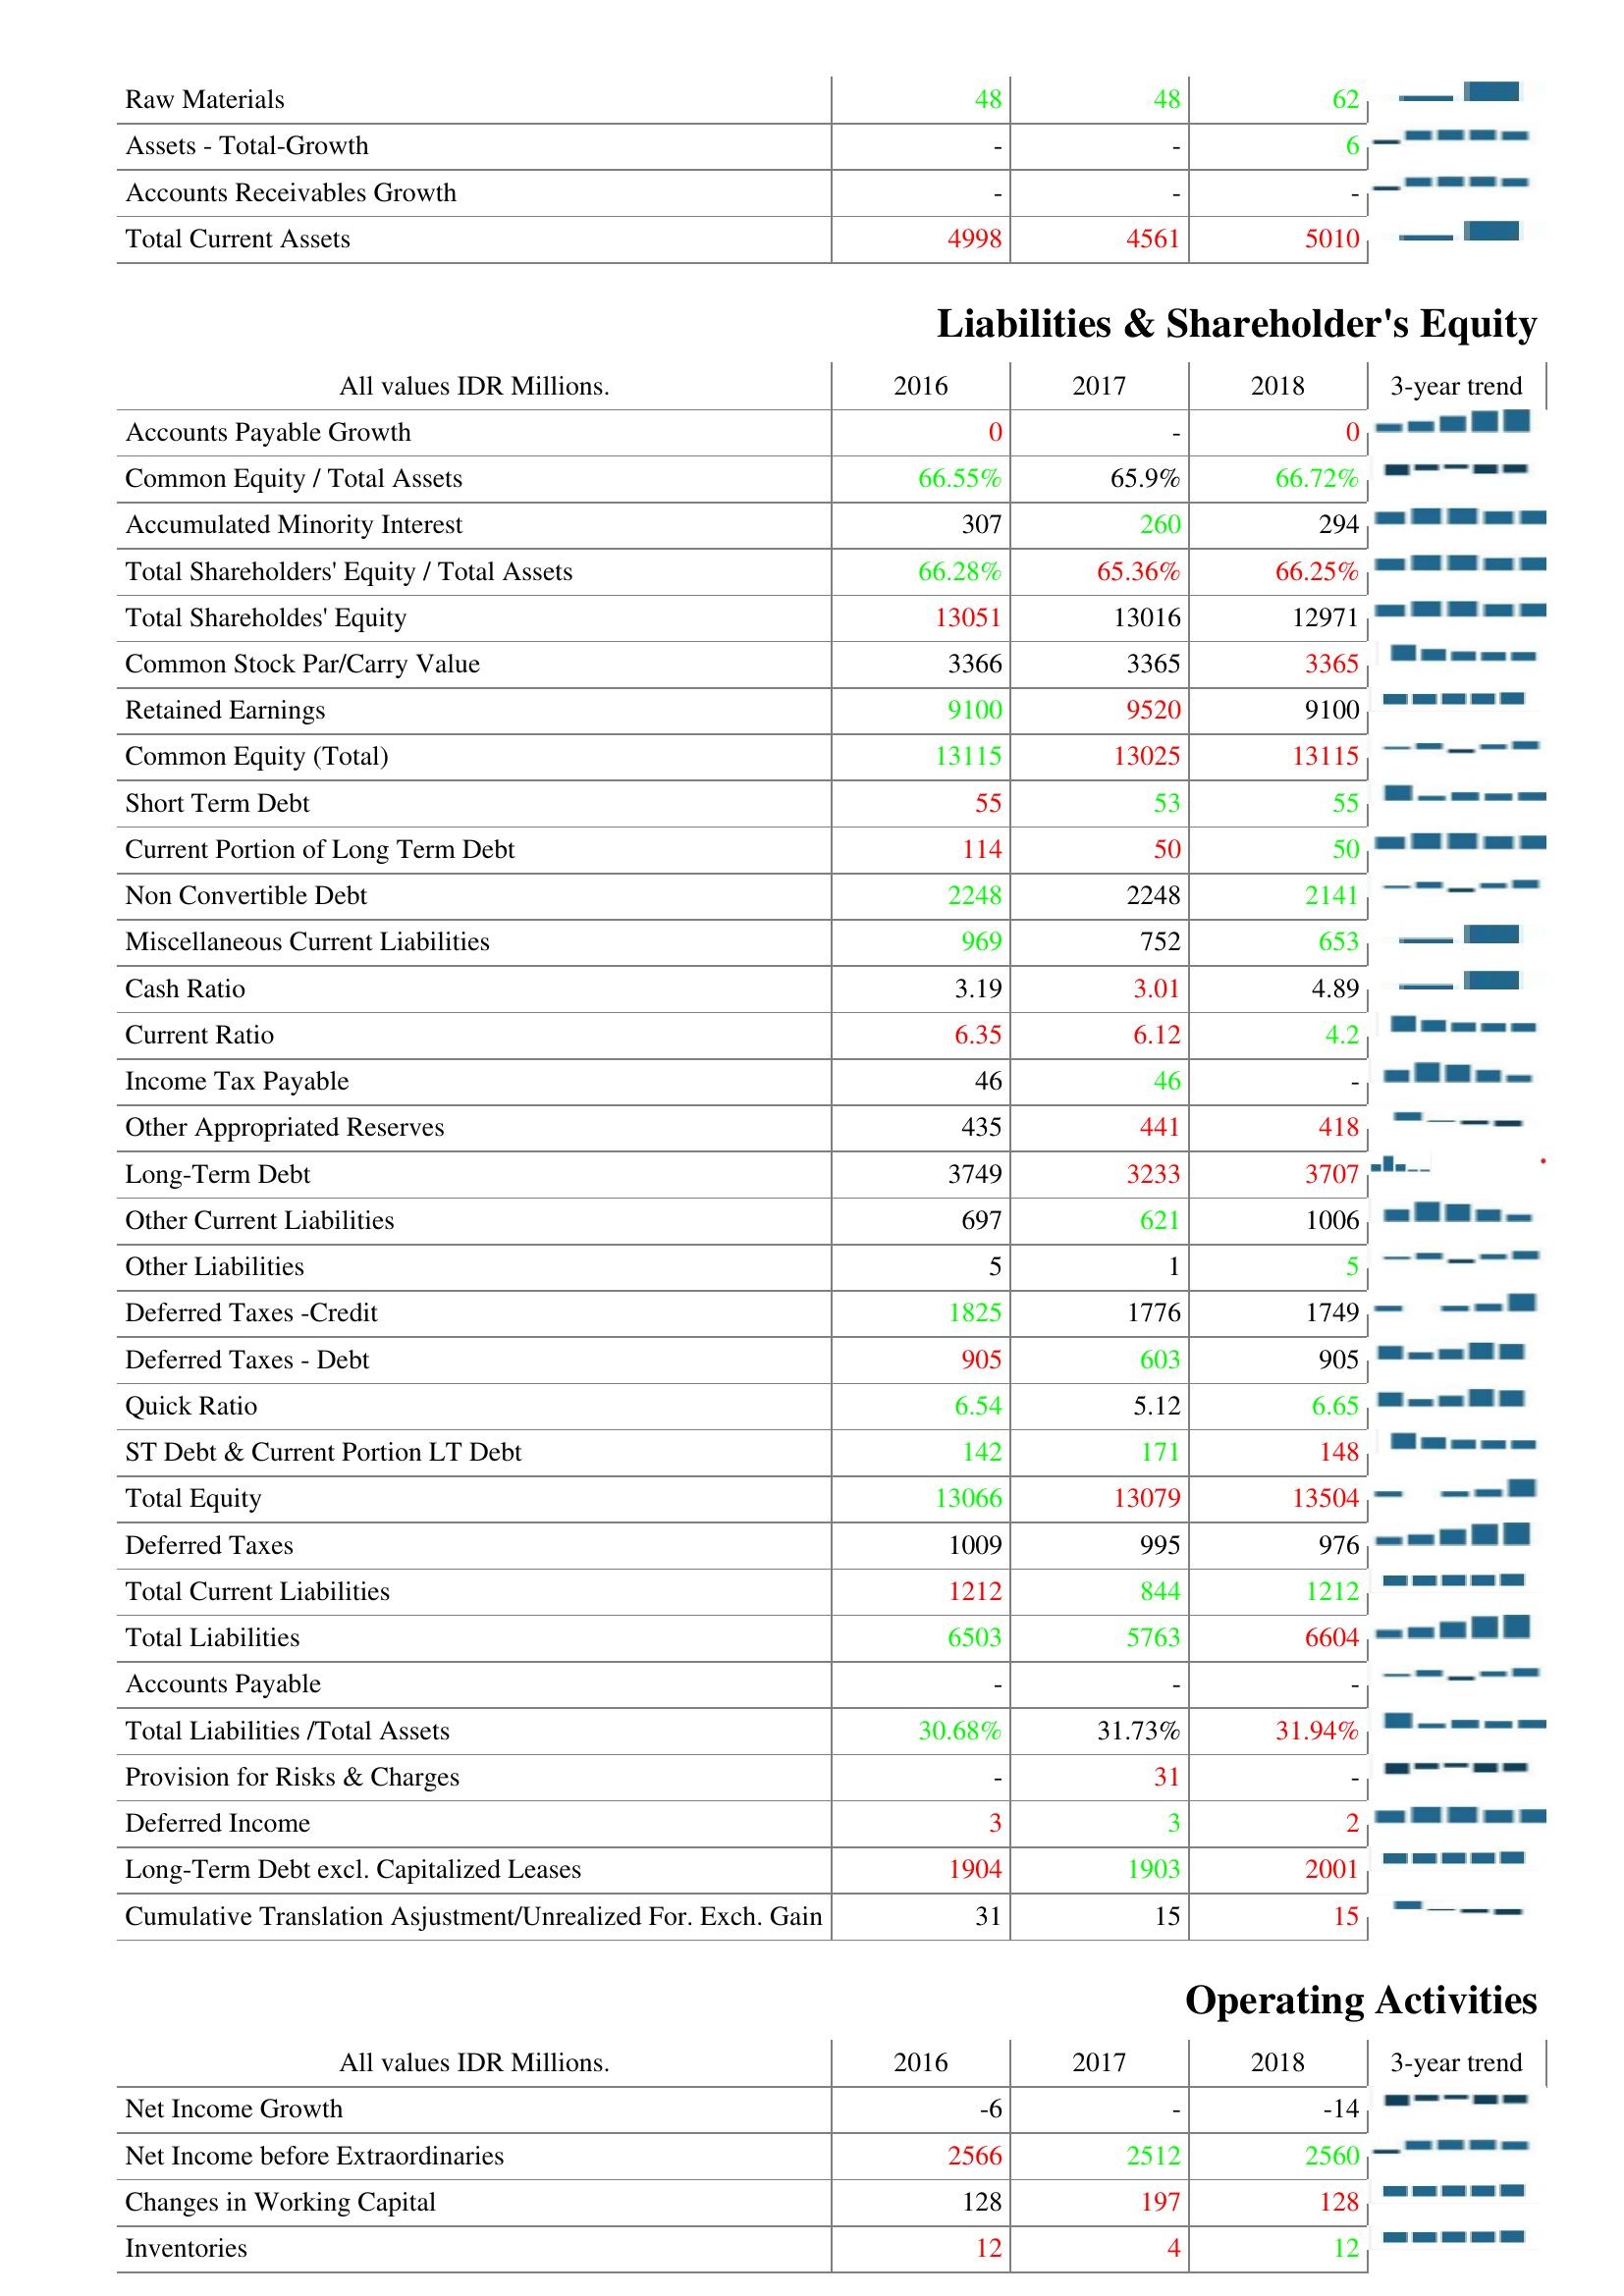
2016: Assets: Raw Materials: 48
Assets - Total-Growth: -
Accounts Receivables Growth: -
Total Current Assets: 4998
Liabilities & Shareholder's Equity: Accounts Payable Growth: 0
Common Equity / Total Assets: 66.55%
Accumulated Minority Interest: 307
Total Shareholders' Equity / Total Assets: 66.28%
Total Shareholdes' Equity: 13051
Common Stock Par/Carry Value: 3366
Retained Earnings: 9100
Common Equity (Total): 13115
Short Term Debt: 55
Current Portion of Long Term Debt: 114
Non Convertible Debt: 2248
Miscellaneous Current Liabilities: 969
Cash Ratio: 3.19
Current Ratio: 6.35
Income Tax Payable: 46
Other Appropriated Reserves: 435
Long-Term Debt: 3749
Other Current Liabilities: 697
Other Liabilities: 5
Deferred Taxes -Credit: 1825
Deferred Taxes - Debt: 905
Quick Ratio: 6.54
ST Debt & Current Portion LT Debt: 142
Total Equity: 13066
Deferred Taxes: 1009
Total Current Liabilities: 1212
Total Liabilities: 6503
Accounts Payable: -
Total Liabilities /Total Assets: 30.68%
Provision for Risks & Charges: -
Deferred Income: 3
Long-Term Debt excl. Capitalized Leases: 1904
Cumulative Translation Asjustment/Unrealized For. Exch. Gain: 31
Operating Activities: Net Income Growth: -6
Net Income before Extraordinaries: 2566
Changes in Working Capital: 128
Inventories: 12
2017: Assets: Raw Materials: 48
Assets - Total-Growth: -
Accounts Receivables Growth: -
Total Current Assets: 4561
Liabilities & Shareholder's Equity: Accounts Payable Growth: -
Common Equity / Total Assets: 65.9%
Accumulated Minority Interest: 260
Total Shareholders' Equity / Total Assets: 65.36%
Total Shareholdes' Equity: 13016
Common Stock Par/Carry Value: 3365
Retained Earnings: 9520
Common Equity (Total): 13025
Short Term Debt: 53
Current Portion of Long Term Debt: 50
Non Convertible Debt: 2248
Miscellaneous Current Liabilities: 752
Cash Ratio: 3.01
Current Ratio: 6.12
Income Tax Payable: 46
Other Appropriated Reserves: 441
Long-Term Debt: 3233
Other Current Liabilities: 621
Other Liabilities: 1
Deferred Taxes -Credit: 1776
Deferred Taxes - Debt: 603
Quick Ratio: 5.12
ST Debt & Current Portion LT Debt: 171
Total Equity: 13079
Deferred Taxes: 995
Total Current Liabilities: 844
Total Liabilities: 5763
Accounts Payable: -
Total Liabilities /Total Assets: 31.73%
Provision for Risks & Charges: 31
Deferred Income: 3
Long-Term Debt excl. Capitalized Leases: 1903
Cumulative Translation Asjustment/Unrealized For. Exch. Gain: 15
Operating Activities: Net Income Growth: -
Net Income before Extraordinaries: 2512
Changes in Working Capital: 197
Inventories: 4
2018: Assets: Raw Materials: 62
Assets - Total-Growth: 6
Accounts Receivables Growth: -
Total Current Assets: 5010
Liabilities & Shareholder's Equity: Accounts Payable Growth: 0
Common Equity / Total Assets: 66.72%
Accumulated Minority Interest: 294
Total Shareholders' Equity / Total Assets: 66.25%
Total Shareholdes' Equity: 12971
Common Stock Par/Carry Value: 3365
Retained Earnings: 9100
Common Equity (Total): 13115
Short Term Debt: 55
Current Portion of Long Term Debt: 50
Non Convertible Debt: 2141
Miscellaneous Current Liabilities: 653
Cash Ratio: 4.89
Current Ratio: 4.2
Income Tax Payable: -
Other Appropriated Reserves: 418
Long-Term Debt: 3707
Other Current Liabilities: 1006
Other Liabilities: 5
Deferred Taxes -Credit: 1749
Deferred Taxes - Debt: 905
Quick Ratio: 6.65
ST Debt & Current Portion LT Debt: 148
Total Equity: 13504
Deferred Taxes: 976
Total Current Liabilities: 1212
Total Liabilities: 6604
Accounts Payable: -
Total Liabilities /Total Assets: 31.94%
Provision for Risks & Charges: -
Deferred Income: 2
Long-Term Debt excl. Capitalized Leases: 2001
Cumulative Translation Asjustment/Unrealized For. Exch. Gain: 15
Operating Activities: Net Income Growth: -14
Net Income before Extraordinaries: 2560
Changes in Working Capital: 128
Inventories: 12